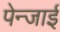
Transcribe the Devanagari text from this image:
पेन्जाई